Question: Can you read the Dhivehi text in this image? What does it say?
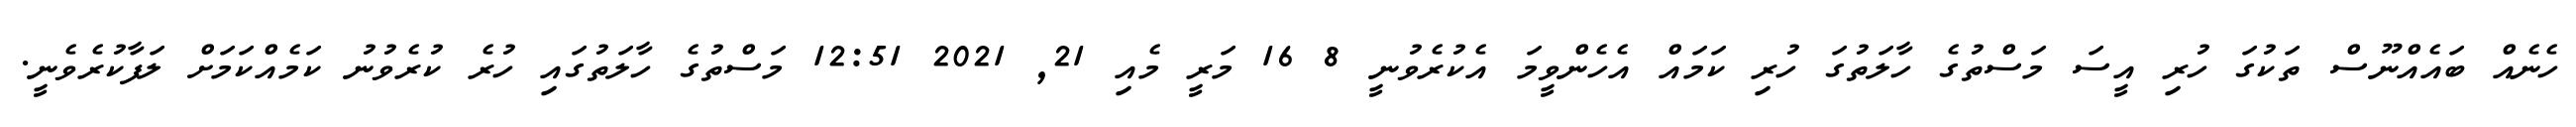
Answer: ހެނެއް ބައެއްނޫސް ތަކުގަ ހުރި އީސަ މަސްތުގެ ހާލަތުގަ ހުރި ކަމައް އެހެންވީމަ އެކުރެވުނީ 8 16 މަރީ މެއި 21, 2021 12:51 މަސްތުގެ ހާލަތުގައި ހުރެ ކުރެވުނު ކަމެއްކަމަށް ލަފާކުރެވެނީ.